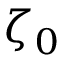
\zeta _ { 0 }